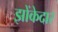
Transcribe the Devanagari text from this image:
झोंकेदार